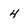
Character: 4